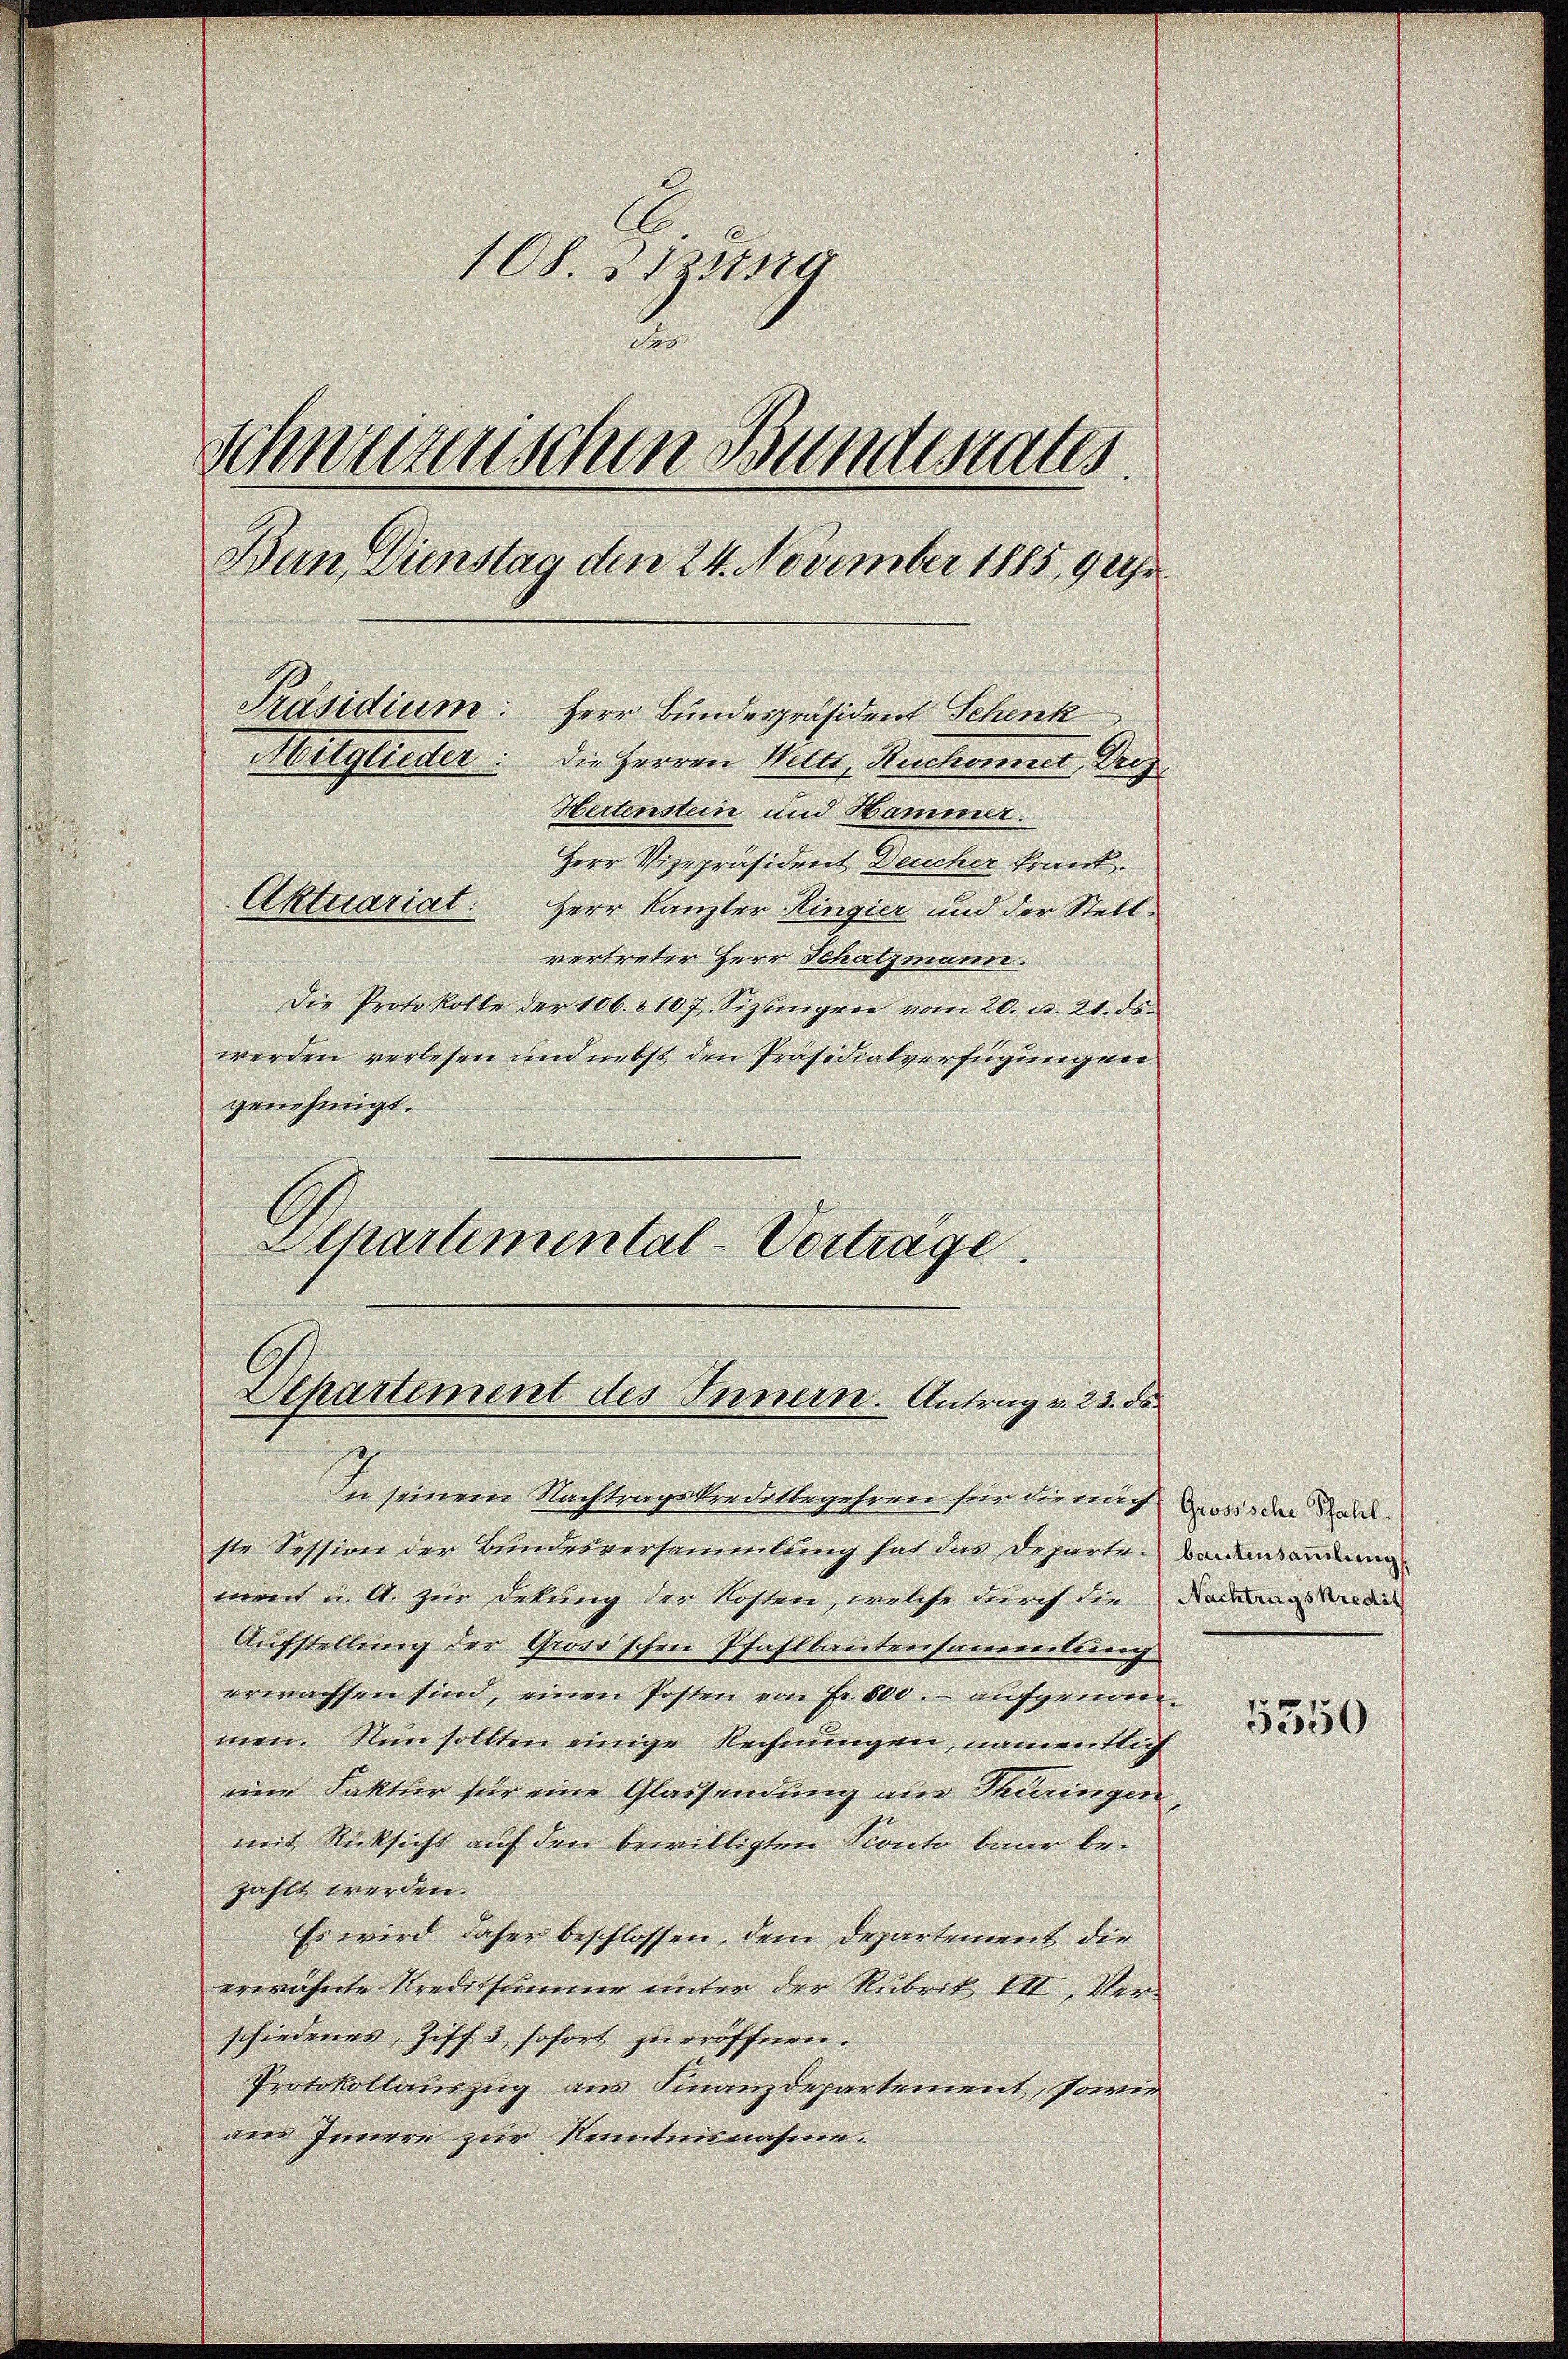
G
108. Sizitsra
2
Schweizerischen Bundesrates.
Ban, Dienstag den 24. November 1885, 9 Uhr¬
Präsidium: Herr Bundespräsident Schenk
Mitglieder: Die Herren Welti, Ruchonnet, Dres
Hertensteine und Hammer.
Herr Vizepräsident Deucher krank.
Aktuariat: Herr Kanzler Ringier und der Stellvertreter Herr Schatzmann.

Die Protokolle der 106. 8107. Sizlingen vom 20. d. 21. ds.
werden verlesen und nebst den Präsidialverfügungen
genehmigt.
Schartemental-Vortrage.

Departement des Innern. Antrag v. 23. ds.

In seinem Nachtragskreditbegehren für die nach zwei der Stadel.
ste Session der Bundesversammlung hat das Departe Wandesandun
ment u. A. zur Dekung der Kosten, welche durch die Nachlags die
Aufstellung der Grosischen Pfahlbautensammlung
erwachsen sind, einen Posten von Fr. 600.- aufgenommen. Nun sollten einige Rechnungen, namentlich
eine Faktur für eine Glassendung aus Thüringen
mit Rücksicht auf den bewilligten Sconto baar bezahlt werden.
Es wird daher beschlossen, dem Departement die
erwähnte Kreditsumme unter der Rubrik VII, Verschiedenes, Ziff. 3, sofort zu eröffnen.
Protokollauszug aus Finanzdepartement, sowie
aus Innern zur Kenntnisnahme.

5350